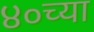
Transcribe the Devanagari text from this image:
४०च्या